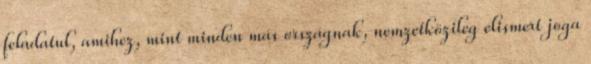
feladatul, amihez, mint minden más országnak, nemzetközileg elismert joga